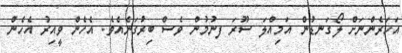
އަހަރެންނަށް ލޯގަނޑުން އަމިއްލަ ސޫރަ ފނުމުން ވެސް ބިރުގަނެއެވެ. އެހެން ވީއިރު އެހެން